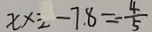
x \times 2 - 7 . 8 = - \frac { 4 } { 5 }